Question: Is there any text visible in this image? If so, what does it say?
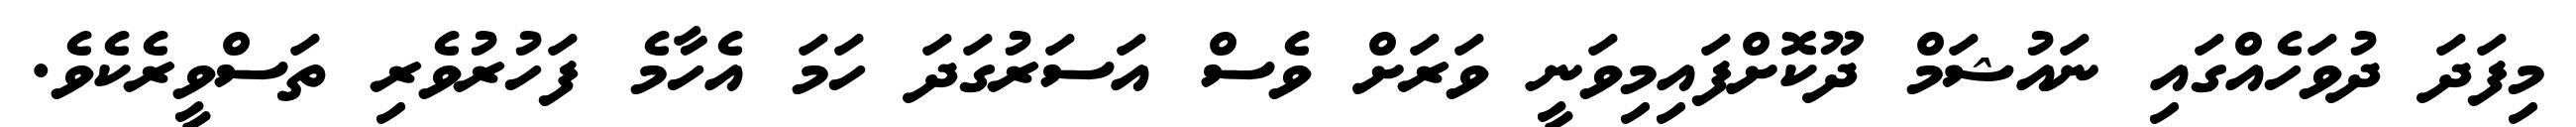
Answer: މިފަދަ ދުވަހެއްގައި ނައުޝަމް ދޫކޮށްފައިމިވަނީ ވަރަށް ވެސް އަސަރުގަދަ ހަމަ އެހާމެ ފަހުރުވެރި ތަސްވީރެކެވެ.